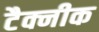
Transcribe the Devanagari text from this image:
टैक्नीक